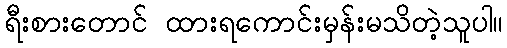
ရီးစားတောင် ထားရကောင်းမှန်းမသိတဲ့သူပါ။